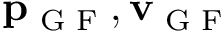
{ \bf p } _ { \textrm { G F } } , { \bf v } _ { \textrm { G F } }